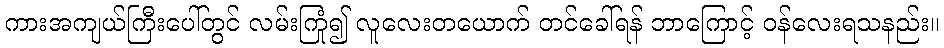
ကားအကျယ်ကြီးပေါ်တွင် လမ်းကြုံ၍ လူလေးတယောက် တင်ခေါ်ရန် ဘာကြောင့် ဝန်လေးရသနည်း။